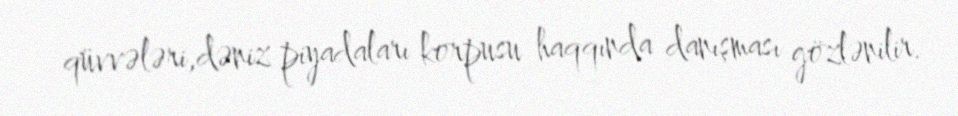
qüvvələri,dəniz piyadaları korpusu haqqında danışması gözlənilir.